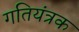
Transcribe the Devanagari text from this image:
गतियंत्रक